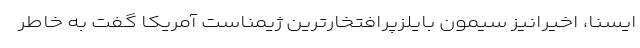
ایسنا، اخیرانیز سیمون بایلزپرافتخارترین ژیمناست آمریکا گفت به خاطر